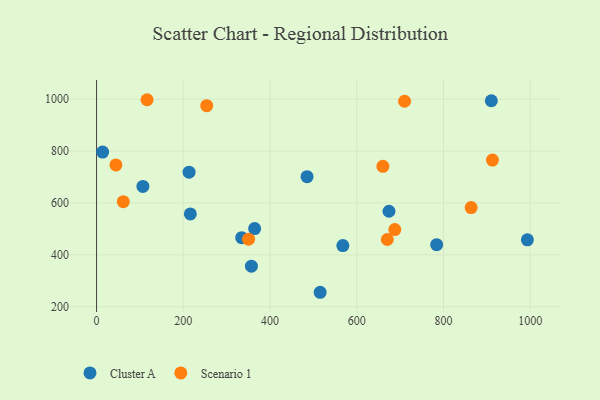
{"axis": {"x": "Distance", "y": "Rating"}, "legend": ["Cluster A", "Scenario 1"], "data": [{"x": "993.4", "y": 457.8, "type": "Cluster A"}, {"x": "784.2", "y": 439.2, "type": "Cluster A"}, {"x": "14.0", "y": 796.2, "type": "Cluster A"}, {"x": "106.9", "y": 663.6, "type": "Cluster A"}, {"x": "364.5", "y": 501.3, "type": "Cluster A"}, {"x": "674.3", "y": 568.1, "type": "Cluster A"}, {"x": "485.4", "y": 701.3, "type": "Cluster A"}, {"x": "567.9", "y": 435.6, "type": "Cluster A"}, {"x": "213.3", "y": 718.5, "type": "Cluster A"}, {"x": "910.3", "y": 993.9, "type": "Cluster A"}, {"x": "357.1", "y": 356.4, "type": "Cluster A"}, {"x": "515.6", "y": 255.8, "type": "Cluster A"}, {"x": "216.2", "y": 557.9, "type": "Cluster A"}, {"x": "334.6", "y": 466.1, "type": "Cluster A"}, {"x": "350.5", "y": 460.5, "type": "Scenario 1"}, {"x": "660.2", "y": 741.3, "type": "Scenario 1"}, {"x": "116.5", "y": 997.8, "type": "Scenario 1"}, {"x": "254.0", "y": 974.9, "type": "Scenario 1"}, {"x": "912.9", "y": 765.1, "type": "Scenario 1"}, {"x": "710.2", "y": 991.9, "type": "Scenario 1"}, {"x": "44.6", "y": 746.7, "type": "Scenario 1"}, {"x": "61.7", "y": 604.8, "type": "Scenario 1"}, {"x": "670.4", "y": 459.2, "type": "Scenario 1"}, {"x": "687.7", "y": 497.4, "type": "Scenario 1"}, {"x": "863.7", "y": 582.1, "type": "Scenario 1"}]}